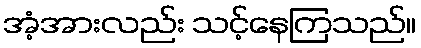
အံ့အားလည်း သင့်နေကြသည်။